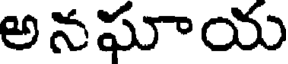
అనఘాయ